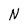
Character: N